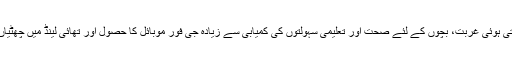
ان کے لیے بڑھتی ہوئی غربت، بچوں کے لئے صحت اور تعلیمی سہولتوں کی کمیابی سے زیادہ جی فور موبائل کا حصول اور تھائی لینڈ میں چھٹیاں گزارنا اہم ہے ۔